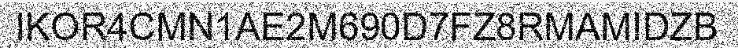
IKOR4CMN1AE2M690D7FZ8RMAMIDZB